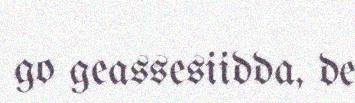
go geassesiidda, de